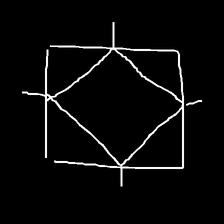
Glyph: light